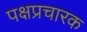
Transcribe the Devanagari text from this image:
पक्षप्रचारक